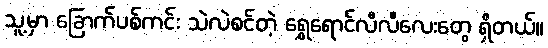
သူ့မှာ ခြောက်ပစ်ကင်း သဲလဲစင်တဲ့ ရွှေရောင်လီလီလေးတွေ ရှိတယ်။